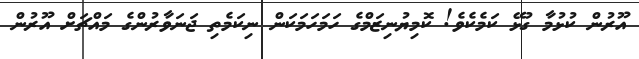
އޫރުން ކުޅުމާ ގުޅޭ ކަމެކެވެ! ކޮމިޔުނިޒަމްގެ ހަމަހަމަކަން ނިކަމެތި ޖަނަވާރުންގެ މައްޗަށް އޫރުން